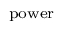
\scriptstyle { \mathrm { p o w e r } }